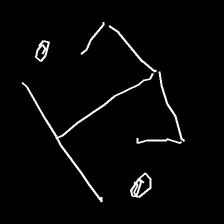
Glyph: earth